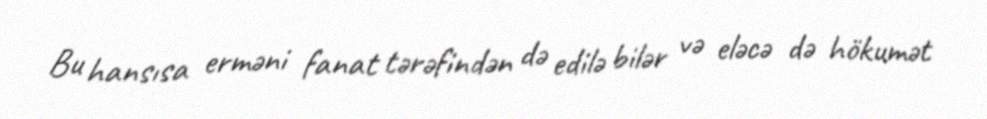
Bu hansısa erməni fanat tərəfindən də edilə bilər və eləcə də hökumət